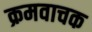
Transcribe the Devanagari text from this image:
क्रमवाचक